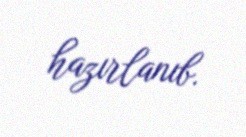
hazırlanıb.